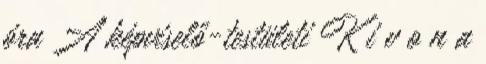
óra A képviselő-testületi K i v o n a